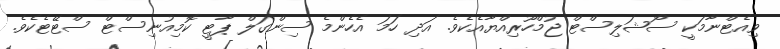
ވިއެޓްނާމަކީ ސޯޝަލިސްޓް ޖުމްހޫރިއްޔާއެކެވެ. އަދި ހަމަ އެހެންމެ ސިންގަލް ޕާޓީ ކޮމިއުނިސްޓް ސްޓޭޓެކެވެ.